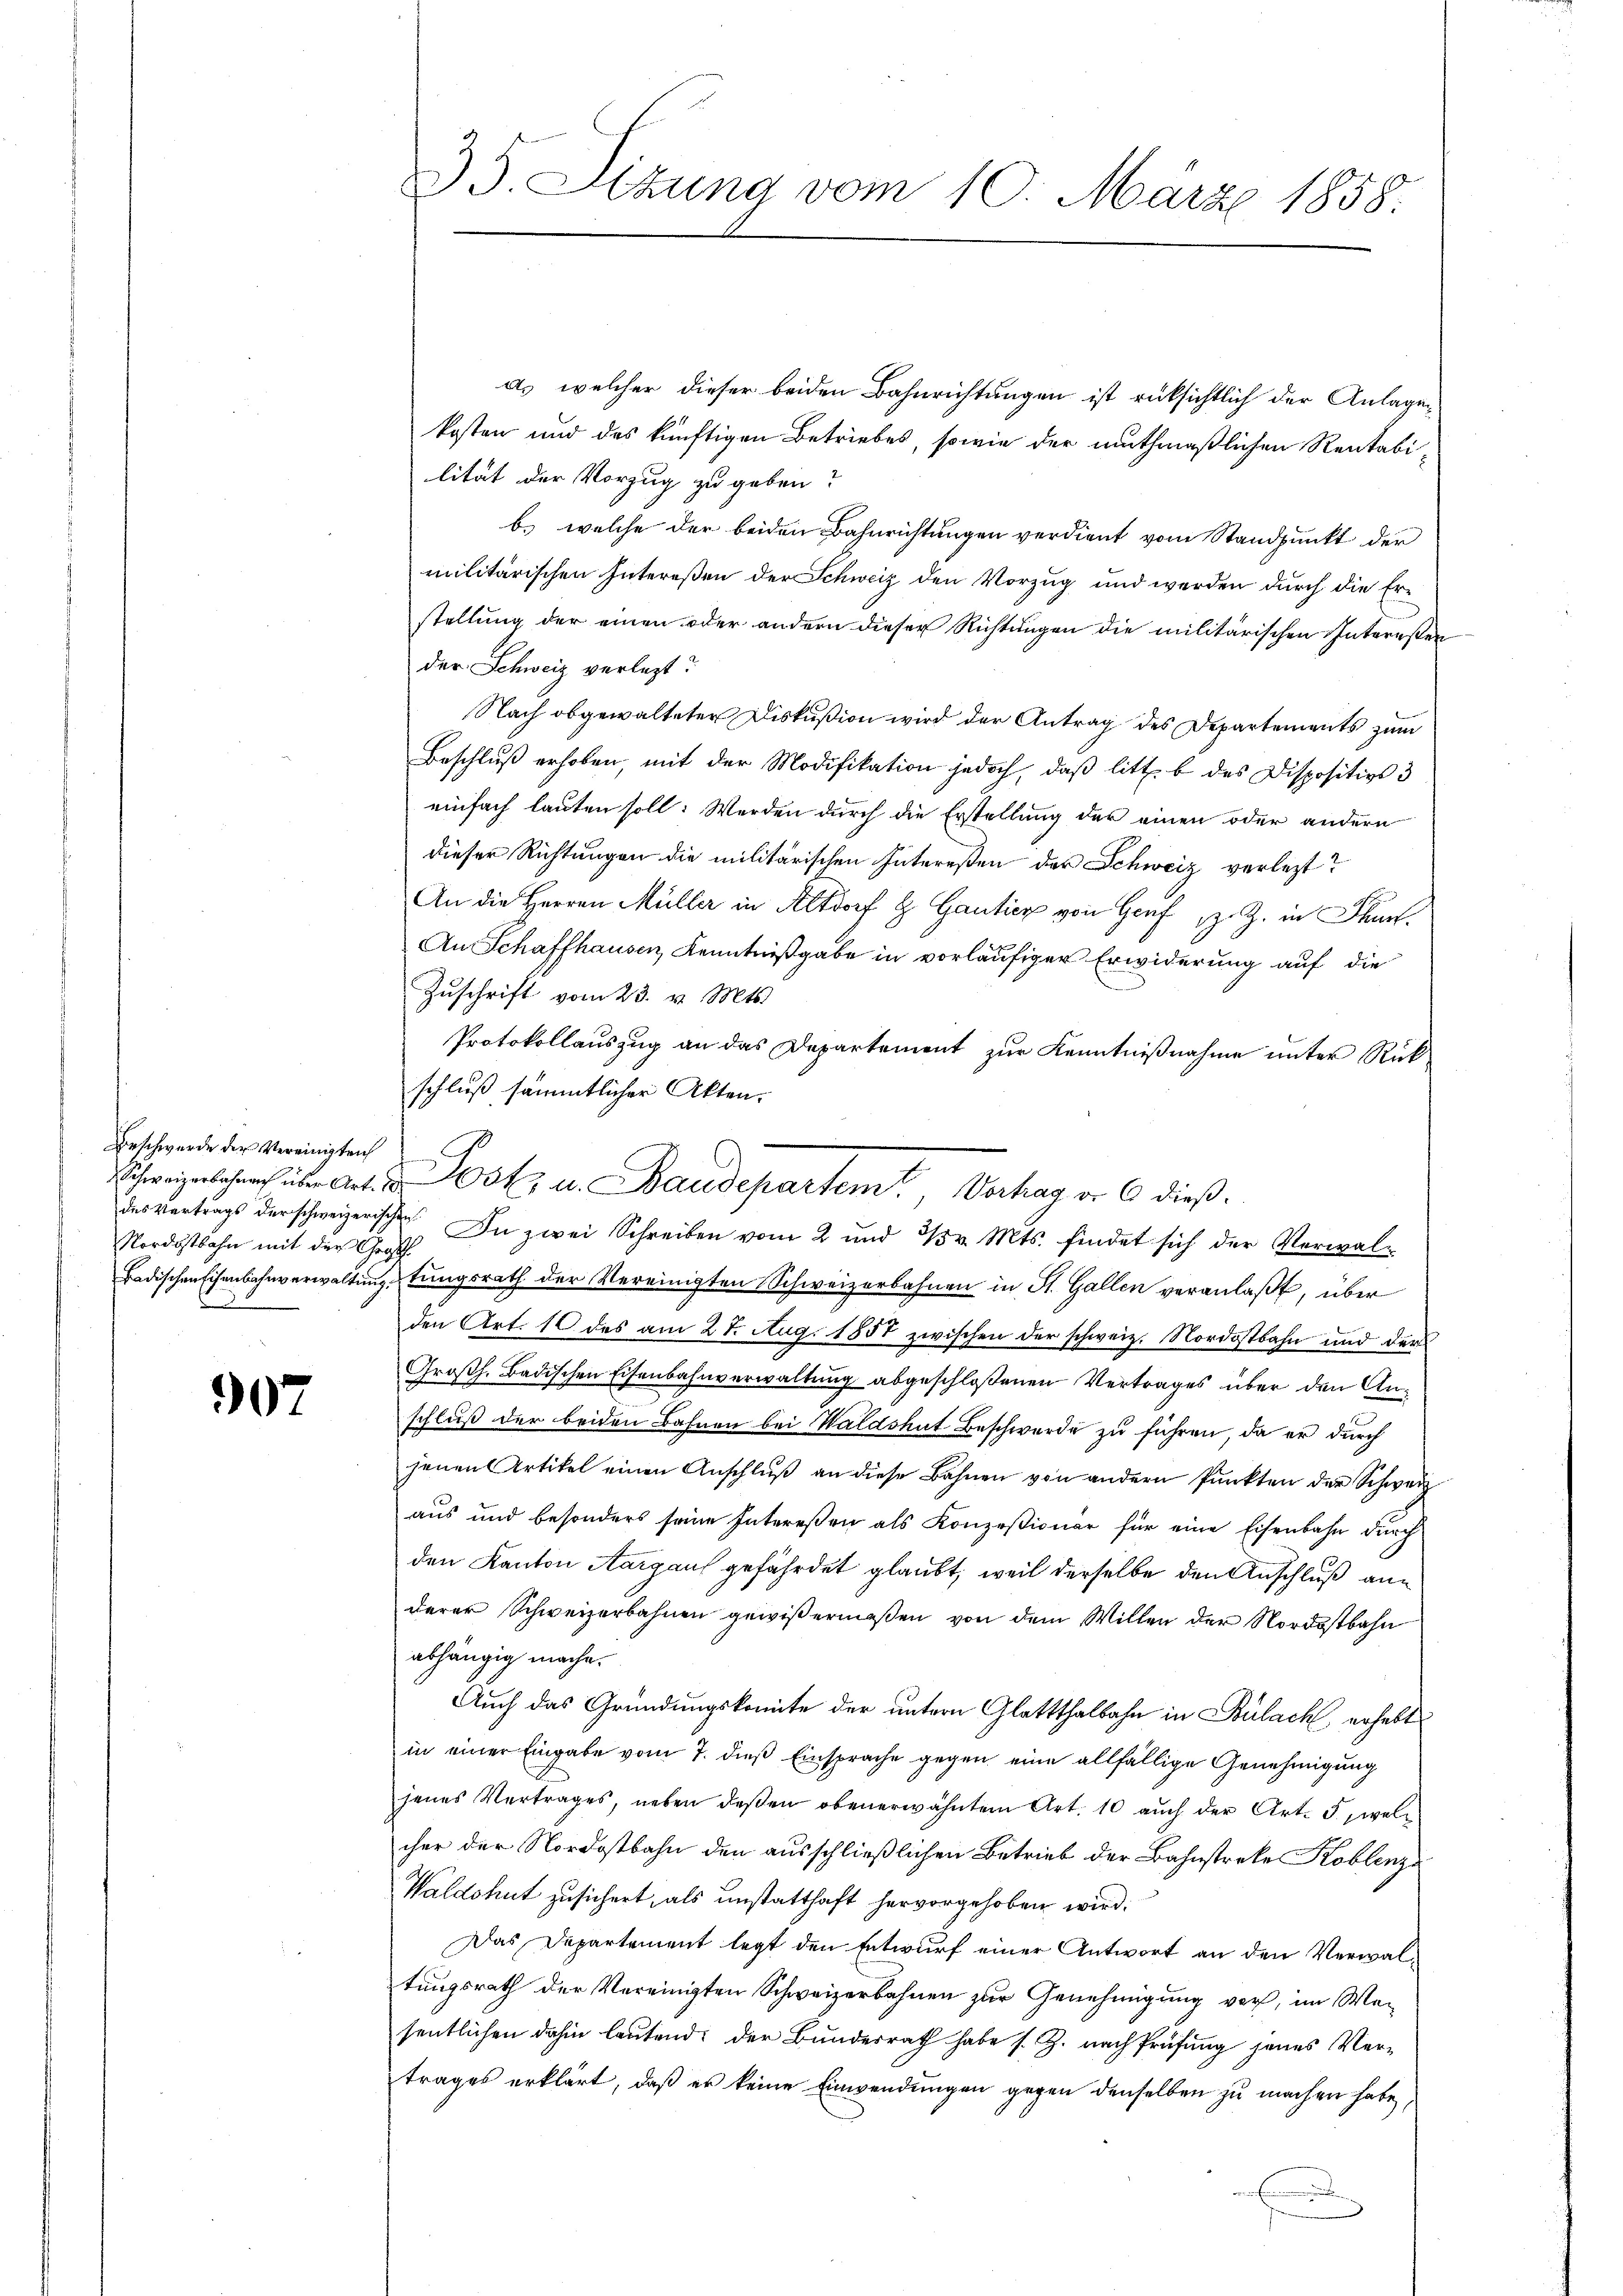
Beschwerde der Vereinigten
Nordostbahn mit der Graff

907

35. Situng vom 10. März 1858.

a. welcher dieser beiden Bahnrichtungen ist rüksichtlich der Anlagen
kosten und das künftigen Betriebes, sowie der muthmaßlichen Rentabilität der Vorzug zu geben?
b. welche der beiden Bahnrichtungen verdient vom Standpunkt der
militärischen Intereßen der Schweiz den Vorzug und werden durch die Erstellung der einen oder andern dieser Richtungen die militärischen Intereßender Schweiz verletzt?
Nach obgewalteter Diskußion wird der Antrag des Departements zum
Beschluß erhoben, mit der Modifikation jedoch, daß litt. b des Dispositivs 3
einfach lauten soll: Werden durch die Erstellung der einen oder andern
dieser Richtungen die militärischen Intereßen der Schweiz verletzt?
An die Herren Müller in Altdorf & Gautier von Genf z. Z. in Thun¬
An Schaffhausen, Kenntnißgabe in vorläufiger Erwiderung auf die
Zŭschrift vom 23. v. Mts.
Protokollauszug an das Departement zur Kenntnißnahme unter Rückschluß sämmtlicher Akten.
Badischen Eisenbahnverwaltungstungsrath der Vereinigten Schweizerbahnen in St. Gallen veranlaßt, über
den Art. 10 des am 21. Aug. 1857 zwischen der schweiz. Nordostbahn und der
Großh. Badischen Eisenbahnverwaltung abgeschloßenen Vertrages über den Anschluß der beiden Bahnen bei Waldshut Beschwerde zu führen, da er durch
jenen Artikel einen Anschlŭβ an diese Bahnen von andern Pŭnkten der Schweiz
aus und besonders seine Intereßen als Konzessionär für eine Eisenbahn durch
den Kanton Aargaus gefährdet glaubt, weil derselbe den Anschluß anderer Schweizerbahnen gewißermaßen von dem Willen der Nordostbahn
abhängig mache.
Auch das Gründungskomite der untern Glattthalbahn in Bülach, erhebt
in einer Eingabe vom 7. dieß Einsprache gegen eine allfällige Genehmigung
jenes Vertrages, neben deßen obenerwähnten Art. 10 auch der Art. 5, welcher der Nordostbahn den ausschließlichen Betrieb der Bahnstreke Koblenz
Waldshut zusichert, als unstatthaft hervorgehoben wird.
Das Departement legt den Entwurf einer Antwort an den Verwaltungsrath der Vereinigten Schweizerbahnen zur Genehmigung vor, im Wesentlichen dahin lautend: der Bundesrath habe s. Z. nach Prüfung jenes Vertrages erklärt, daß er keine Einwendungen gegen denselben zu machen habe,

Schreinschen über Art. a. ook u. Baudepartem Verhag or 6 dießdesvertrags der schweizerischen. In zwei Schreiben vom 2 und 25 v. Mts. findet sich der Verwal¬